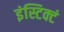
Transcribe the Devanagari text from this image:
इंस्टिक्टं